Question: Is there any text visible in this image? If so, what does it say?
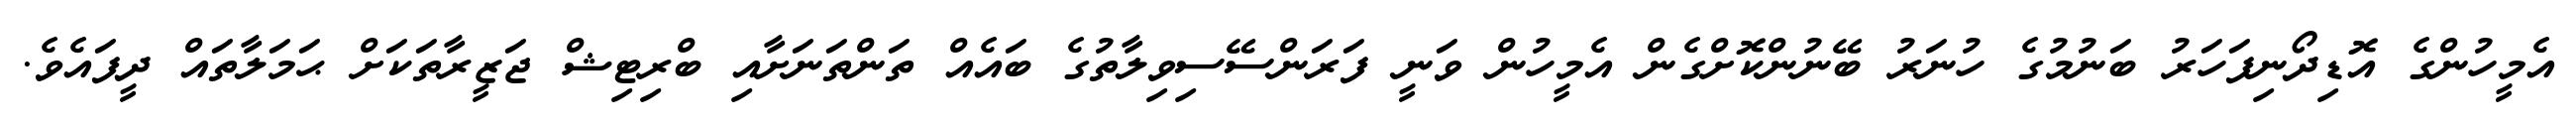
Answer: އެމީހުންގެ އޮޑިދޯނިފަހަރު ބަނުމުގެ ހުނަރު ބޭނުންކޮށްގެން އެމީހުން ވަނީ ފަރަންސޭސިވިލާތުގެ ބައެއް ތަންތަނަށާއި ބްރިޓިޝް ޖަޒީރާތަކަށް ޙަމަލާތައް ދީފައެވެ.